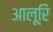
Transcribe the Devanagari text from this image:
आलूरि